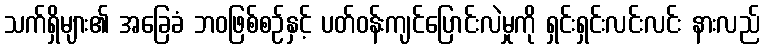
သက်ရှိများ၏ အခြေခံ ဘဝဖြစ်စဉ်နှင့် ပတ်ဝန်းကျင်ပြောင်းလဲမှုကို ရှင်းရှင်းလင်းလင်း နားလည်